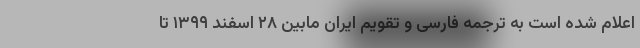
اعلام شده است به ترجمه فارسی و تقویم ایران مابین ۲۸ اسفند ۱۳۹۹ تا